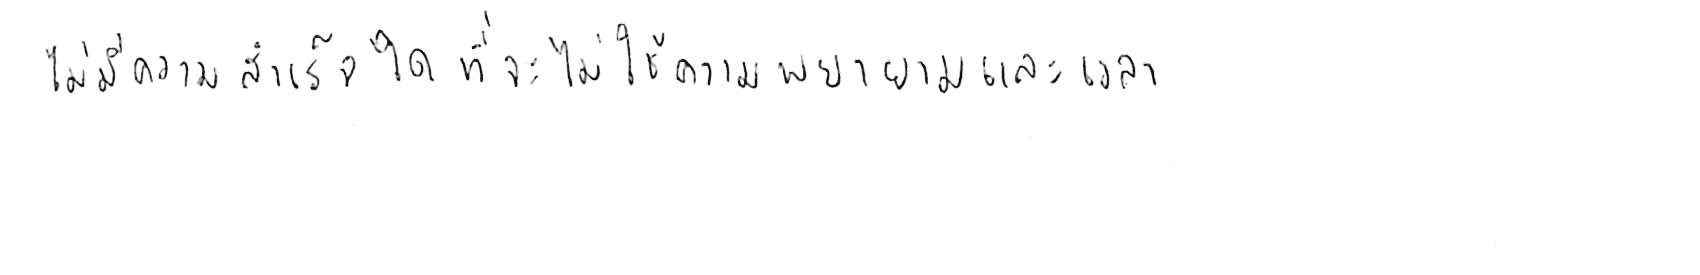
ไม่มีความสำเร็จใด ที่จะไม่ใช้ความพยายามและเวลา